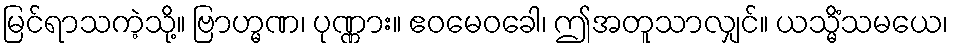
မြင်ရာသကဲ့သို့။ ဗြာဟ္မဏ၊ ပုဏ္ဏား။ ဧဝမေဝခေါ၊ ဤအတူသာလျှင်။ ယသ္မိံသမယေ၊